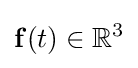
\mathbf {f} (t)\in \mathbb {R} ^{3}